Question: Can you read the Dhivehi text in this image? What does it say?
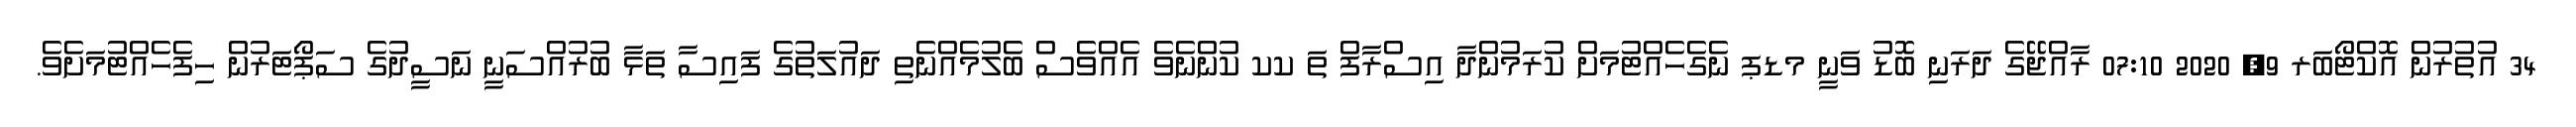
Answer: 34 އުތުރުން އޮކްޓޯބަރ 9, 2020 07:10 ރާއްޖޭގެ ދަރަނި ބޮޑު ވަނީ މޑޕ ނެގެހެއްޓުމަށް ކުރަމުންދާ އިސްރާފް ތަ ކކ ކުންނެވެ އެއްވެސް ބެލުމެއްނެތި ދައުލަތުގެ ފައިސާ ތަޅާ ބުރުއްސަނީ ނަސީދުގެ ސަޕޯޓަރުން ހިފެހެއްޓުމަށެވެ.